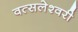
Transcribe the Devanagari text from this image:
वत्सलेश्वरी